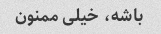
باشه، خیلی ممنون